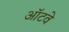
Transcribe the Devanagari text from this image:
ऑटवे